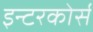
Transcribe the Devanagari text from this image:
इन्टरकोर्स